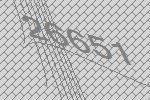
26651